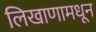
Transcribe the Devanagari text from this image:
लिखाणामधून